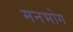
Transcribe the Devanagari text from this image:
मनभोग